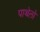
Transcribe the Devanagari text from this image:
पाथेलो